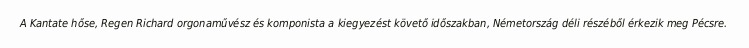
A Kantate hőse, Regen Richard orgonaművész és komponista a kiegyezést követő időszakban, Németország déli részéből érkezik meg Pécsre.